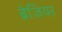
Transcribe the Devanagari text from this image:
ब्रेजियर